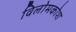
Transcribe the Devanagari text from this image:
विलोमकोश